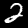
Label: 2